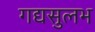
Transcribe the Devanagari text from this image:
गद्यसुलभ